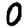
Digit: 0